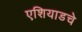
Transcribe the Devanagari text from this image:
एशियाडचे